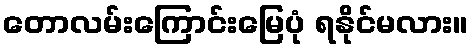
တောလမ်းကြောင်းမြေပုံ ရနိုင်မလား။